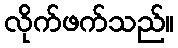
လိုက်ဖက်သည်။